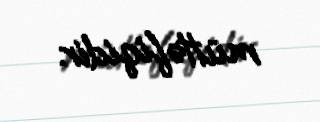
müttəfiqidir.